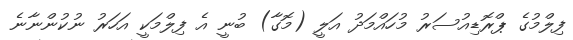
ފިލްމުގެ ޕްރޮޑިއުސަރު މުހައްމަދު އަލީ (މޮގާ) ބުނީ އެ ފިލްމަކީ އަހަރު ނުކުންނާނެ